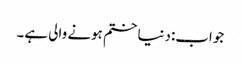
جواب:دنیا ختم ہونے والی ہے۔